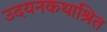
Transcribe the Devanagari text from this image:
उदयनकथाश्रित